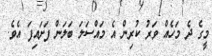
މީގެ ދެ މަހެއް ވަރު ކުރިން އެ މައްސަލަ ބަލަން ފަށައިފަ އެވެ.